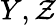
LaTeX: Y,\mathcal{Z}